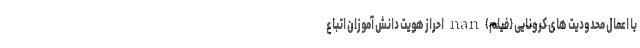
با اعمال محدودیت های کرونایی (فیلم) nan احراز هویت دانش آموزان اتباع